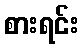
စားရင်း